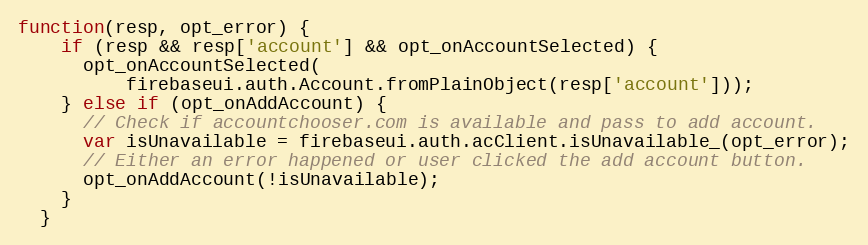
Language: JavaScript
function(resp, opt_error) {
    if (resp && resp['account'] && opt_onAccountSelected) {
      opt_onAccountSelected(
          firebaseui.auth.Account.fromPlainObject(resp['account']));
    } else if (opt_onAddAccount) {
      // Check if accountchooser.com is available and pass to add account.
      var isUnavailable = firebaseui.auth.acClient.isUnavailable_(opt_error);
      // Either an error happened or user clicked the add account button.
      opt_onAddAccount(!isUnavailable);
    }
  }